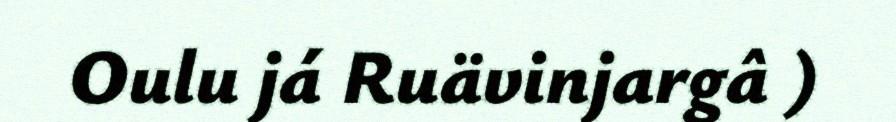
Oulu já Ruävinjargâ )